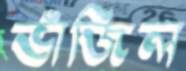
ভাঁজিল